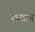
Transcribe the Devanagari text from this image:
पुत्रवान